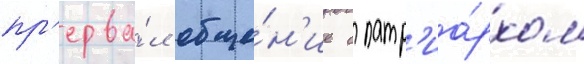
пр'ерва́л обще́н'ие с патр'иа́рхом